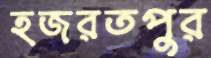
হজরতপুর